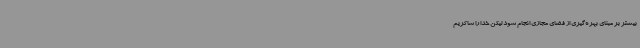
بیشتر بر مبنای بهره‌گیری از فضای مجازی انجام شود لیکن خدا را شاکریم